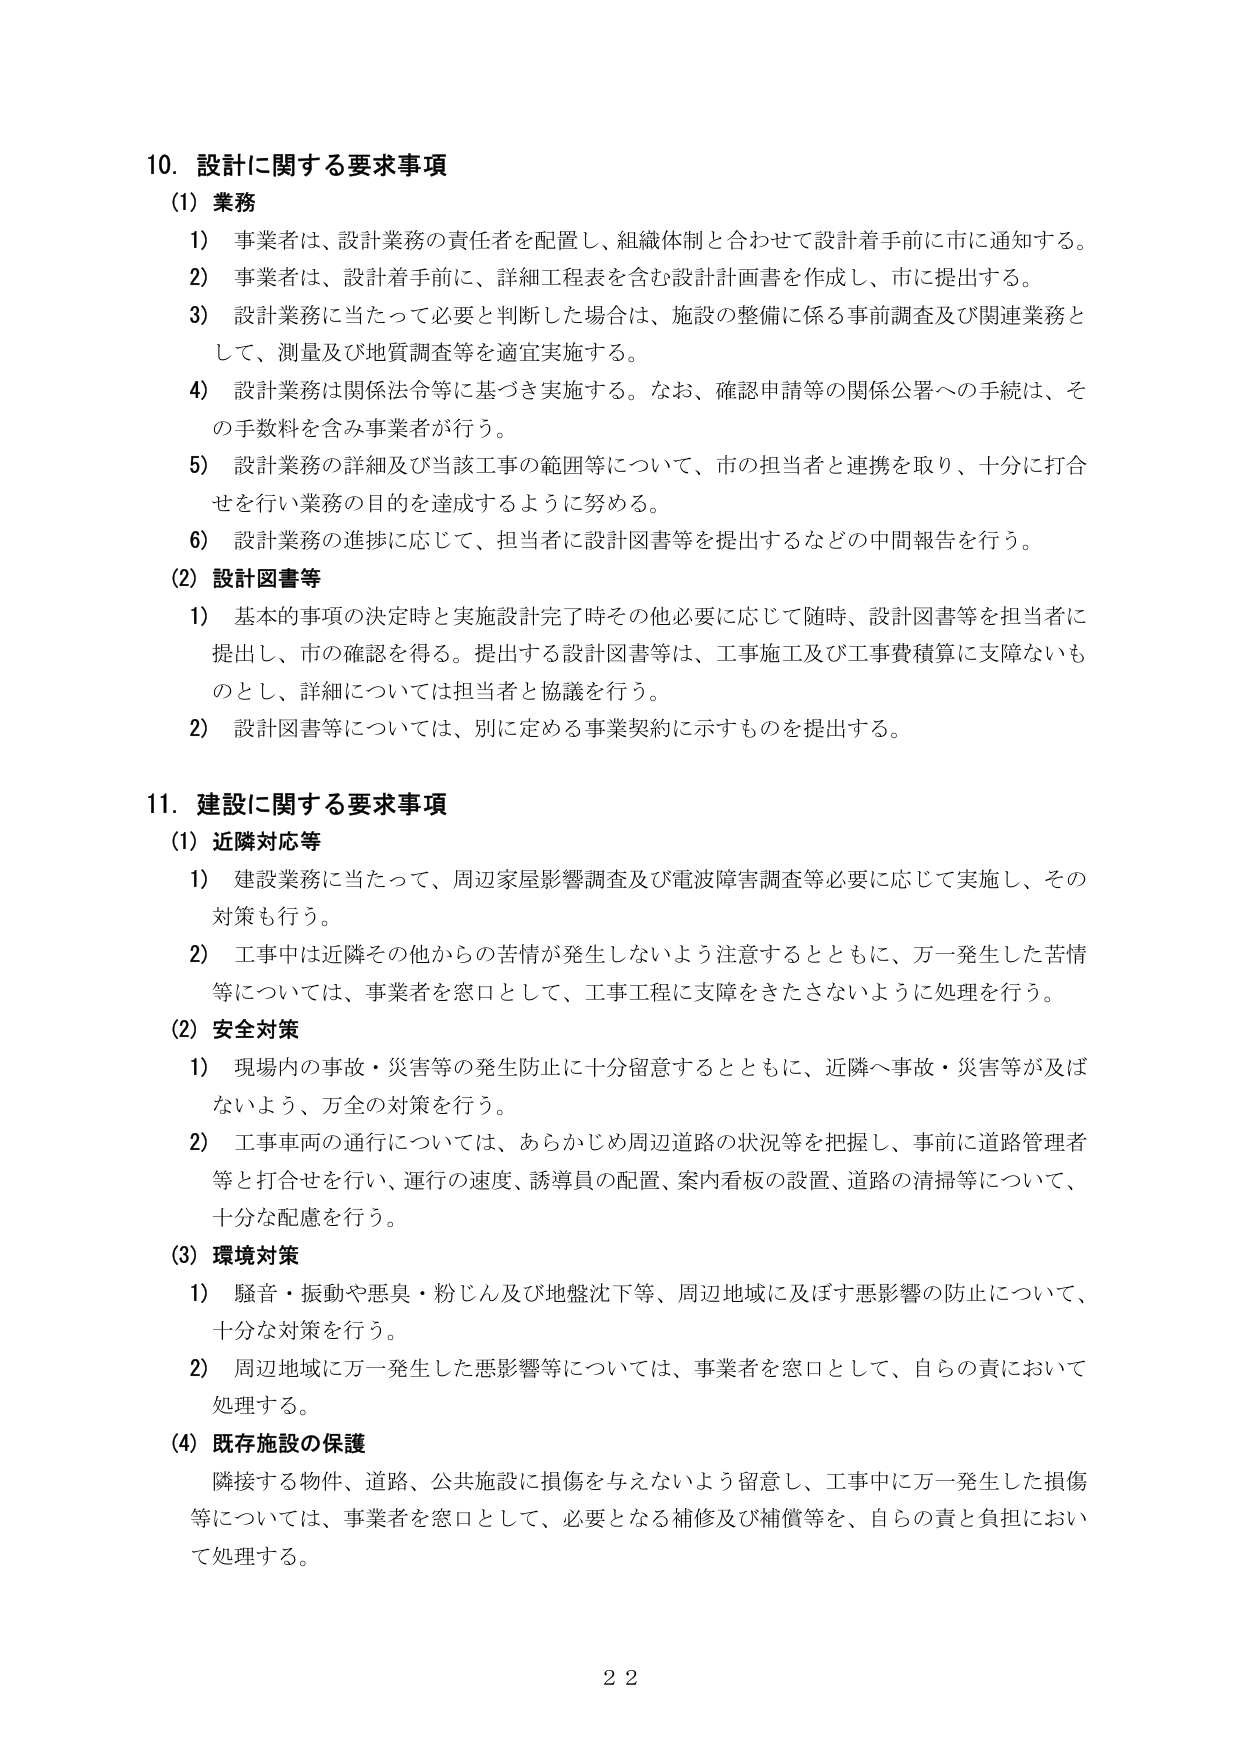
10. 設計に関する要求事項
(1) 業務
1) 事業者は、設計業務の責任者を配置し、組織体制と合わせて設計着手前に市に通知する。
2) 事業者は、設計着手前に、詳細工程表を含む設計計画書を作成し、市に提出する。
3) 設計業務に当たって必要と判断した場合は、施設の整備に係る事前調査及び関連業務として、測量及び地質調査等を適宜実施する。
4) 設計業務は関係法令等に基づき実施する。なお、確認申請等の関係公署への手続は、その手数料を含み事業者が行う。
5) 設計業務の詳細及び当該工事の範囲等について、市の担当者と連携を取り、十分に打合せを行い業務の目的を達成するように努める。
6) 設計業務の進捗に応じて、担当者に設計図書等を提出するなどの中間報告を行う。
(2) 設計図書等
1) 基本的事項の決定時と実施設計完了時その他必要に応じて随時、設計図書等を担当者に提出し、市の確認を得る。提出する設計図書等は、工事施工及び工事費積算に支障ないものとし、詳細については担当者と協議を行う。
2) 設計図書等については、別に定める事業契約に示すものを提出する。

11. 建設に関する要求事項
(1) 近隣対応等
1) 建設業務に当たって、周辺家屋影響調査及び電波障害調査等必要に応じて実施し、その対策も行う。
2) 工事中は近隣その他からの苦情が発生しないよう注意するとともに、万一発生した苦情等については、事業者を窓口として、工事工程に支障をきたさないように処理を行う。
(2) 安全対策
1) 現場内の事故・災害等の発生防止に十分留意するとともに、近隣へ事故・災害等が及ばないよう、万全の対策を行う。
2) 工事車両の通行については、あらかじめ周辺道路の状況等を把握し、事前に道路管理者等と打合せを行い、運行の速度、誘導員の配置、案内看板の設置、道路の清掃等について、十分な配慮を行う。
(3) 環境対策
1) 騒音・振動や悪臭・粉じん及び地盤沈下等、周辺地域に及ぼす悪影響の防止について、十分な対策を行う。
2) 周辺地域に万一発生した悪影響等については、事業者を窓口として、自らの責において処理する。
(4) 既存施設の保護
隣接する物件、道路、公共施設に損傷を与えないよう留意し、工事中に万一発生した損傷等については、事業者を窓口として、必要となる補修及び補償等を、自らの責と負担において処理する。

22